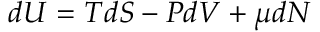
d U = T d S - P d V + \mu d N